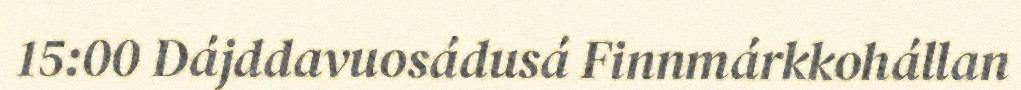
15:00 Dájddavuosádusá Finnmárkkohállan